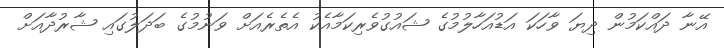
އޭނާ ދައްކަމުން ދިޔަ ވާހަކަ އަޑުއަހާލުމުގެ ޝައުގުވެރިކަމާއެކު އެތެރެއަށް ވަނުމުގެ ބަދަލުގައި ޝާރުދާއަށް